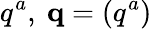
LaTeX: q^{a},\ \mathbf{q}=\left(q^{a}\right)